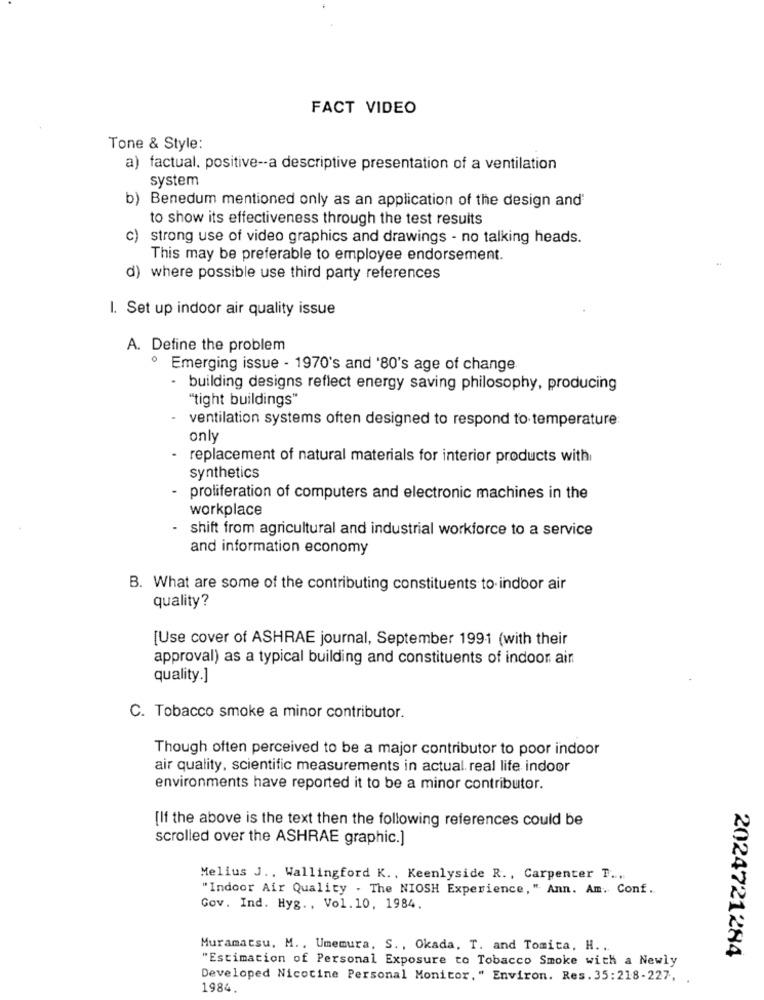
FACT VIDEO
Tone & Style:
a) factual. positive -- a descriptive presentation of a ventilation
system
b) Benedum mentioned only as an application of the design and'
to show its effectiveness through the test results
c) strong use of video graphics and drawings - no talking heads.
This may be preferable to employee endorsement.
d) where possible use third party references
I. Set up indoor air quality issue
A. Define the problem
º Emerging issue - 1970's and '80's age of change
- building designs reflect energy saving philosophy, producing
"tight buildings"
ventilation systems often designed to respond to temperature:
only
- replacement of natural materials for interior products with
synthetics
proliferation of computers and electronic machines in the
workplace
shift from agricultural and industrial workforce to a service
and information economy
B. What are some of the contributing constituents to indoor air
quality?
[Use cover of ASHRAE journal, September 1991 (with their
approval) as a typical building and constituents of indoor ain
quality.]
C. Tobacco smoke a minor contributor.
Though often perceived to be a major contributor to poor indoor
air quality, scientific measurements in actual. real life indoor
environments have reported it to be a minor contributor.
[If the above is the text then the following references could be
scrolled over the ASHRAE graphic.]
Melius J ., Wallingford K ., Keenlyside R ., Carpenter T ...
"Indoor Air Quality . The NIOSH Experience," Ann. Am. Conf.
Gov. Ind. Hyg ., Vol. 10, 1984.
Muramatsu, M ., Umemura, S ., Okada, T. and Tomita, H ...
"Estimation of Personal Exposure to Tobacco Smoke with a Newly
2024721284
Developed Nicotine Personal Monitor," Environ. Res. 35:218-227,
1984.